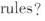
rules?